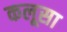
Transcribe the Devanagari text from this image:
कलूसा